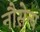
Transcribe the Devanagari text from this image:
नौसेन्य